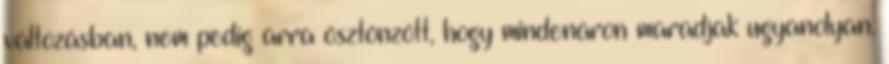
változásban, nem pedig arra ösztönzött, hogy mindenáron maradjak ugyanolyan.